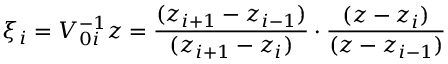
\xi _ { i } = V _ { 0 i } ^ { - 1 } z = \frac { ( z _ { i + 1 } - z _ { i - 1 } ) } { ( z _ { i + 1 } - z _ { i } ) } \cdot \frac { ( z - z _ { i } ) } { ( z - z _ { i - 1 } ) }